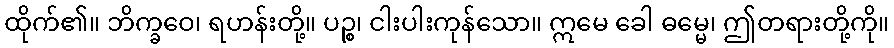
ထိုက်၏။ ဘိက္ခဝေ၊ ရဟန်းတို့။ ပဉ္စ၊ ငါးပါးကုန်သော။ ဣမေ ခေါ ဓမ္မေ၊ ဤတရားတို့ကို။